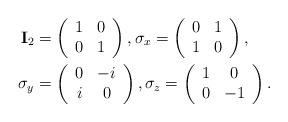
LaTeX: \begin{align*}\mathbf{I}_2&=\left( \begin{array}{cc} 1 & 0 \\ 0 & 1 \end{array}\right), \mathbf{\sigma}_x =\left( \begin{array}{cc} 0 & 1 \\ 1 & 0 \end{array}\right), \\\mathbf{\sigma}_y&=\left( \begin{array}{cc} 0 & -i \\ i & 0 \end{array}\right), \mathbf{\sigma}_z =\left( \begin{array}{cc} 1 & 0 \\ 0 & -1 \end{array}\right).\end{align*}